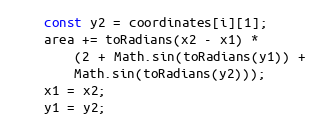
Language: JavaScript
    const y2 = coordinates[i][1];
    area += toRadians(x2 - x1) *
        (2 + Math.sin(toRadians(y1)) +
        Math.sin(toRadians(y2)));
    x1 = x2;
    y1 = y2;